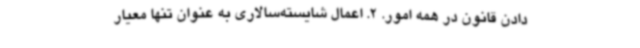
دادن قانون در همه امور. 2. اعمال شایسته‌سالاری به عنوان تنها معیار